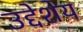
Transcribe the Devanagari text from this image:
उद्देशेय